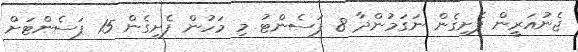
ޖެނުއަރީން ފެށިގެން ނަގަމުންދާ 8 ޕަސެންޓު މި މަހުން ފެށިގެން 15 ޕަސެންޓަށް